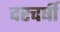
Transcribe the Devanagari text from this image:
दरचर्षी